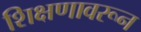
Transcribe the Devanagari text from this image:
शिक्षणावरून